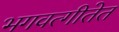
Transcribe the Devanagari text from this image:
भगवत्गीतेत